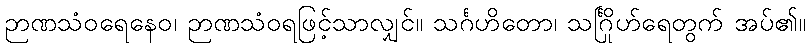
ဉာဏသံဝရေနေဝ၊ ဉာဏသံဝရဖြင့်သာလျှင်။ သင်္ဂဟိတော၊ သင်္ဂြိုဟ်ရေတွက် အပ်၏။